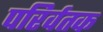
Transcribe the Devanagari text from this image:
परिर्वतक